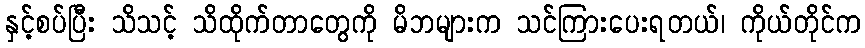
နှင့်စပ်ပြီး သိသင့် သိထိုက်တာတွေကို မိဘများက သင်ကြားပေးရတယ်၊ ကိုယ်တိုင်က